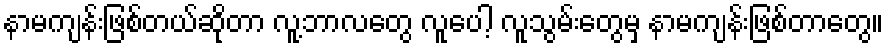
နာမကျန်းဖြစ်တယ်ဆိုတာ လူ့ဘာလတွေ လူပေါ့ လူသွမ်းတွေမှ နာမကျန်းဖြစ်တာတွေ။